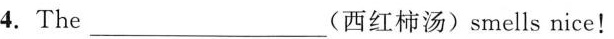
4. The___(西红柿汤)smells nice!